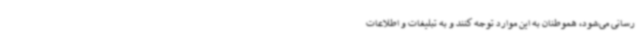
رسانی می‌شود، هموطنان به این موارد توجه کنند و به تبلیغات و اطلاعات